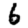
Digit: 6